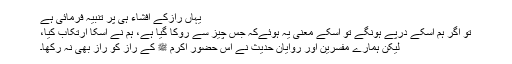
یہاں رازکے افشاء ہی پر تنبیہ فرمائی ہے
تو اگر ہم اسکے درپے ہونگے تو اسکے معنیٰ یہ ہوئےکہ جس چیز سے روکا گیا ہے، ہم نے اسکا ارتکاب کیا،
لیکن ہمارے مفسرین اور روایان حدیث نے اس حضور اکرم ﷺ کے راز کو راز بھی نہ رکھا۔